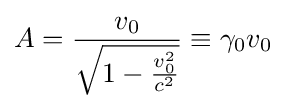
A={\frac {v_{0}}{\sqrt {1-{\frac {v_{0}^{2}}{c^{2}}}}}}\equiv \gamma _{0}v_{0}